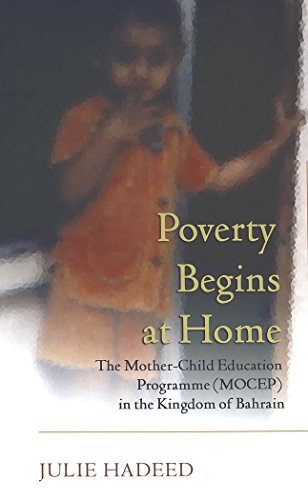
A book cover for Poverty Begins at Home: The Mother-Child Education Programme (MOCEP) in the Kingdom of Bahrain; Julie Hadeed; History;